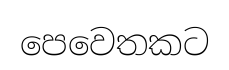
පෙවෙතකට